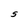
Character: S